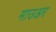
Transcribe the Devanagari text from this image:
माउअर